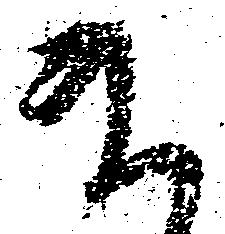
ま